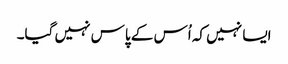
ایسا نہیں کہ اُس کے پاس نہیں گیا۔